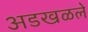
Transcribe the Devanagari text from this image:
अडखळले